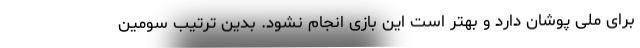
برای ملی پوشان دارد و بهتر است این بازی انجام نشود. بدین ترتیب سومین